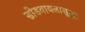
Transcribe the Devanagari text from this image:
सोडवायलासुद्धा